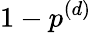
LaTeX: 1-p^{(d)}